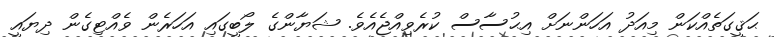
ޙަޤީގަތެއްކަން މިއަދު އަހަންނަށް އިޙުސާސް ކުރެވިއްޖެއެވެ. ޝަޔާންގެ ލޯބީގައި އަހަރެން ވެއްޓިގެން ދިޔައީ